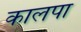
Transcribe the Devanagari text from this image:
कालपा